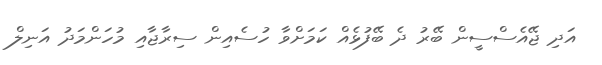
އަދި ޖޭއެސްސީން ބޭރު ދެ ބޭފުޅެއް ކަމަށްވާ ހުސެއިން ސިރާޖާއި މުހަންމަދު އަނިލް